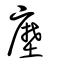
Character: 塺